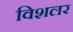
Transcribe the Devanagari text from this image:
विशलर